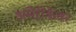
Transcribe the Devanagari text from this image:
अमेरीकेवर